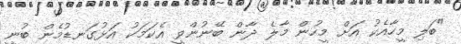
"ބަލި މީހާއެކު އަށް މީހުން މާލެ ދާން ބޭނުންވީ އެކަމަކު އަޅުގަނޑުމެން ބުނީ